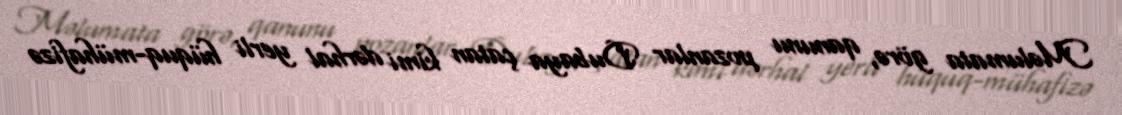
Məlumata görə, qanunu pozanlar Dubaya çatan kimi dərhal yerli hüquq-mühafizə